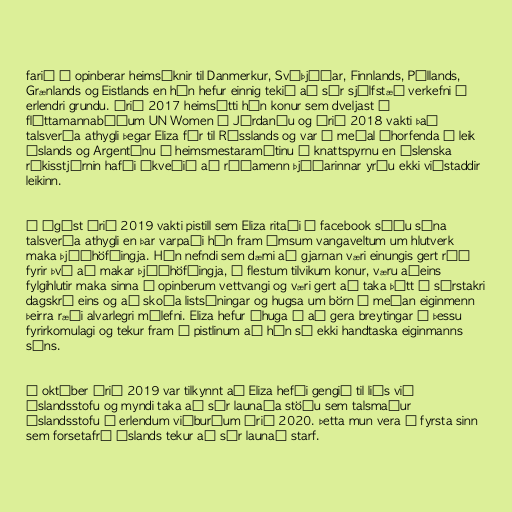
farið í opinberar heimsóknir til Danmerkur, Svíþjóðar, Finnlands, Póllands,
Grænlands og Eistlands en hún hefur einnig tekið að sér sjálfstæð verkefni á
erlendri grundu. Árið 2017 heimsótti hún konur sem dveljast í
flóttamannabúðum UN Women í Jórdaníu og árið 2018 vakti það
talsverða athygli þegar Eliza fór til Rússlands og var á meðal áhorfenda á leik
Íslands og Argentínu á heimsmestaramótinu í knattspyrnu en íslenska
ríkisstjórnin hafði ákveðið að ráðamenn þjóðarinnar yrðu ekki viðstaddir
leikinn.

Í ágúst árið 2019 vakti pistill sem Eliza ritaði á facebook síðu sína
talsverða athygli en þar varpaði hún fram ýmsum vangaveltum um hlutverk
maka þjóðhöfðingja. Hún nefndi sem dæmi að gjarnan væri einungis gert ráð
fyrir því að makar þjóðhöfðingja, í flestum tilvikum konur, væru aðeins
fylgihlutir maka sinna á opinberum vettvangi og væri gert að taka þátt í sérstakri
dagskrá eins og að skoða list­sýningar og hugsa um börn á meðan eigin­menn
þeirra ræði alvarlegri málefni. Eliza hefur áhuga á að gera breytingar á þessu
fyrirkomulagi og tekur fram í pistlinum að hún sé ekki handtaska eiginmanns
síns.

Í október árið 2019 var tilkynnt að Eliza hefði gengið til liðs við
Íslandsstofu og myndi taka að sér launaða stöðu sem talsmaður
Íslandsstofu á erlendum viðburðum árið 2020. Þetta mun vera í fyrsta sinn
sem forsetafrú Íslands tekur að sér launað starf.